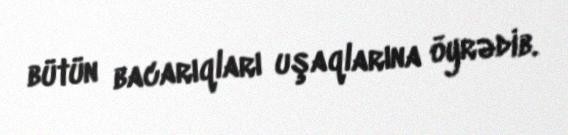
bütün bacarıqları uşaqlarına öyrədib.